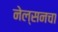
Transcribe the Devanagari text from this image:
नेल्सनचा